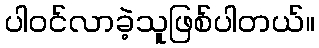
ပါ၀င်လာခဲ့သူဖြစ်ပါတယ်။